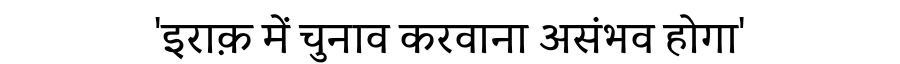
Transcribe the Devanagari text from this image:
'इराक़ में चुनाव करवाना असंभव होगा'